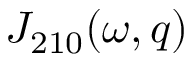
{ \cal J } _ { 2 1 0 } ( \omega , q )